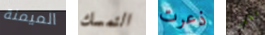
الميمنة التمسك ذعرت المطهر